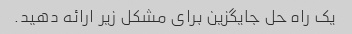
یک راه حل جایگزین برای مشکل زیر ارائه دهید.